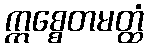
ဣစ္စေတမတ္ထံ